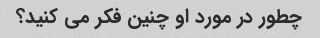
چطور در مورد او چنین فکر می کنید؟